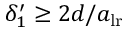
\delta _ { 1 } ^ { \prime } \geq 2 d / a _ { \mathrm { l r } }